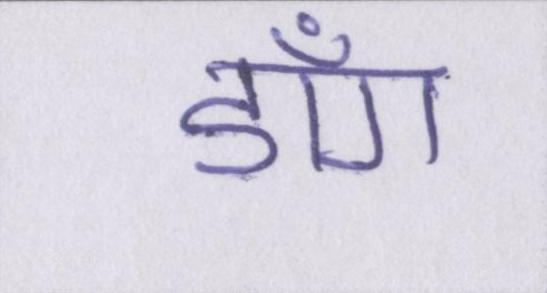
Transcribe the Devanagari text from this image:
डाँग